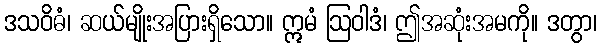
ဒသဝိဓံ၊ ဆယ်မျိုးအပြားရှိသော။ ဣမံ ဩဝါဒံ၊ ဤအဆုံးအမကို။ ဒတွာ၊